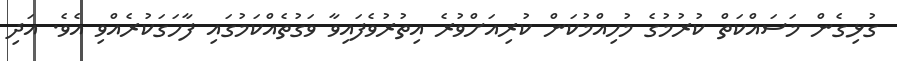
ގުޅިގެން މަސައްކަތް ކުރުމުގެ މުހިއްމުކަން ކުރިއަށްވުރެ އިތުރުވެފައިވާ ވަގުތެއްކަމުގައި ފާހަގަކުރެއްވި އެވެ. އަދި